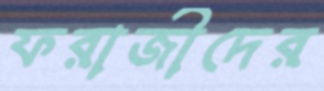
ফরাজীদের